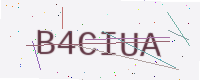
Text: B4CIUA